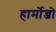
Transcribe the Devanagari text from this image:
हार्मोन्जो